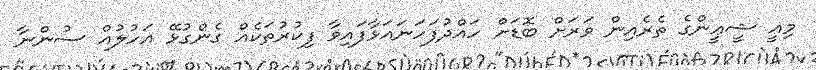
މިއީ ޝީޢީންގެ ތެރެއިން ވަރަށް ބޮޑަށް ހައްދުފަހަނައަޅާފައިވާ ފިކުރުތަކެއް ގެންގުޅޭ އަހުލުއް ސުންނާ